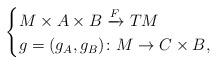
LaTeX: \begin{align*}\begin{cases}M\times A\times B \xrightarrow{F} TM \\g= (g_A, g_B)\colon M \to C\times B,\end{cases}\end{align*}